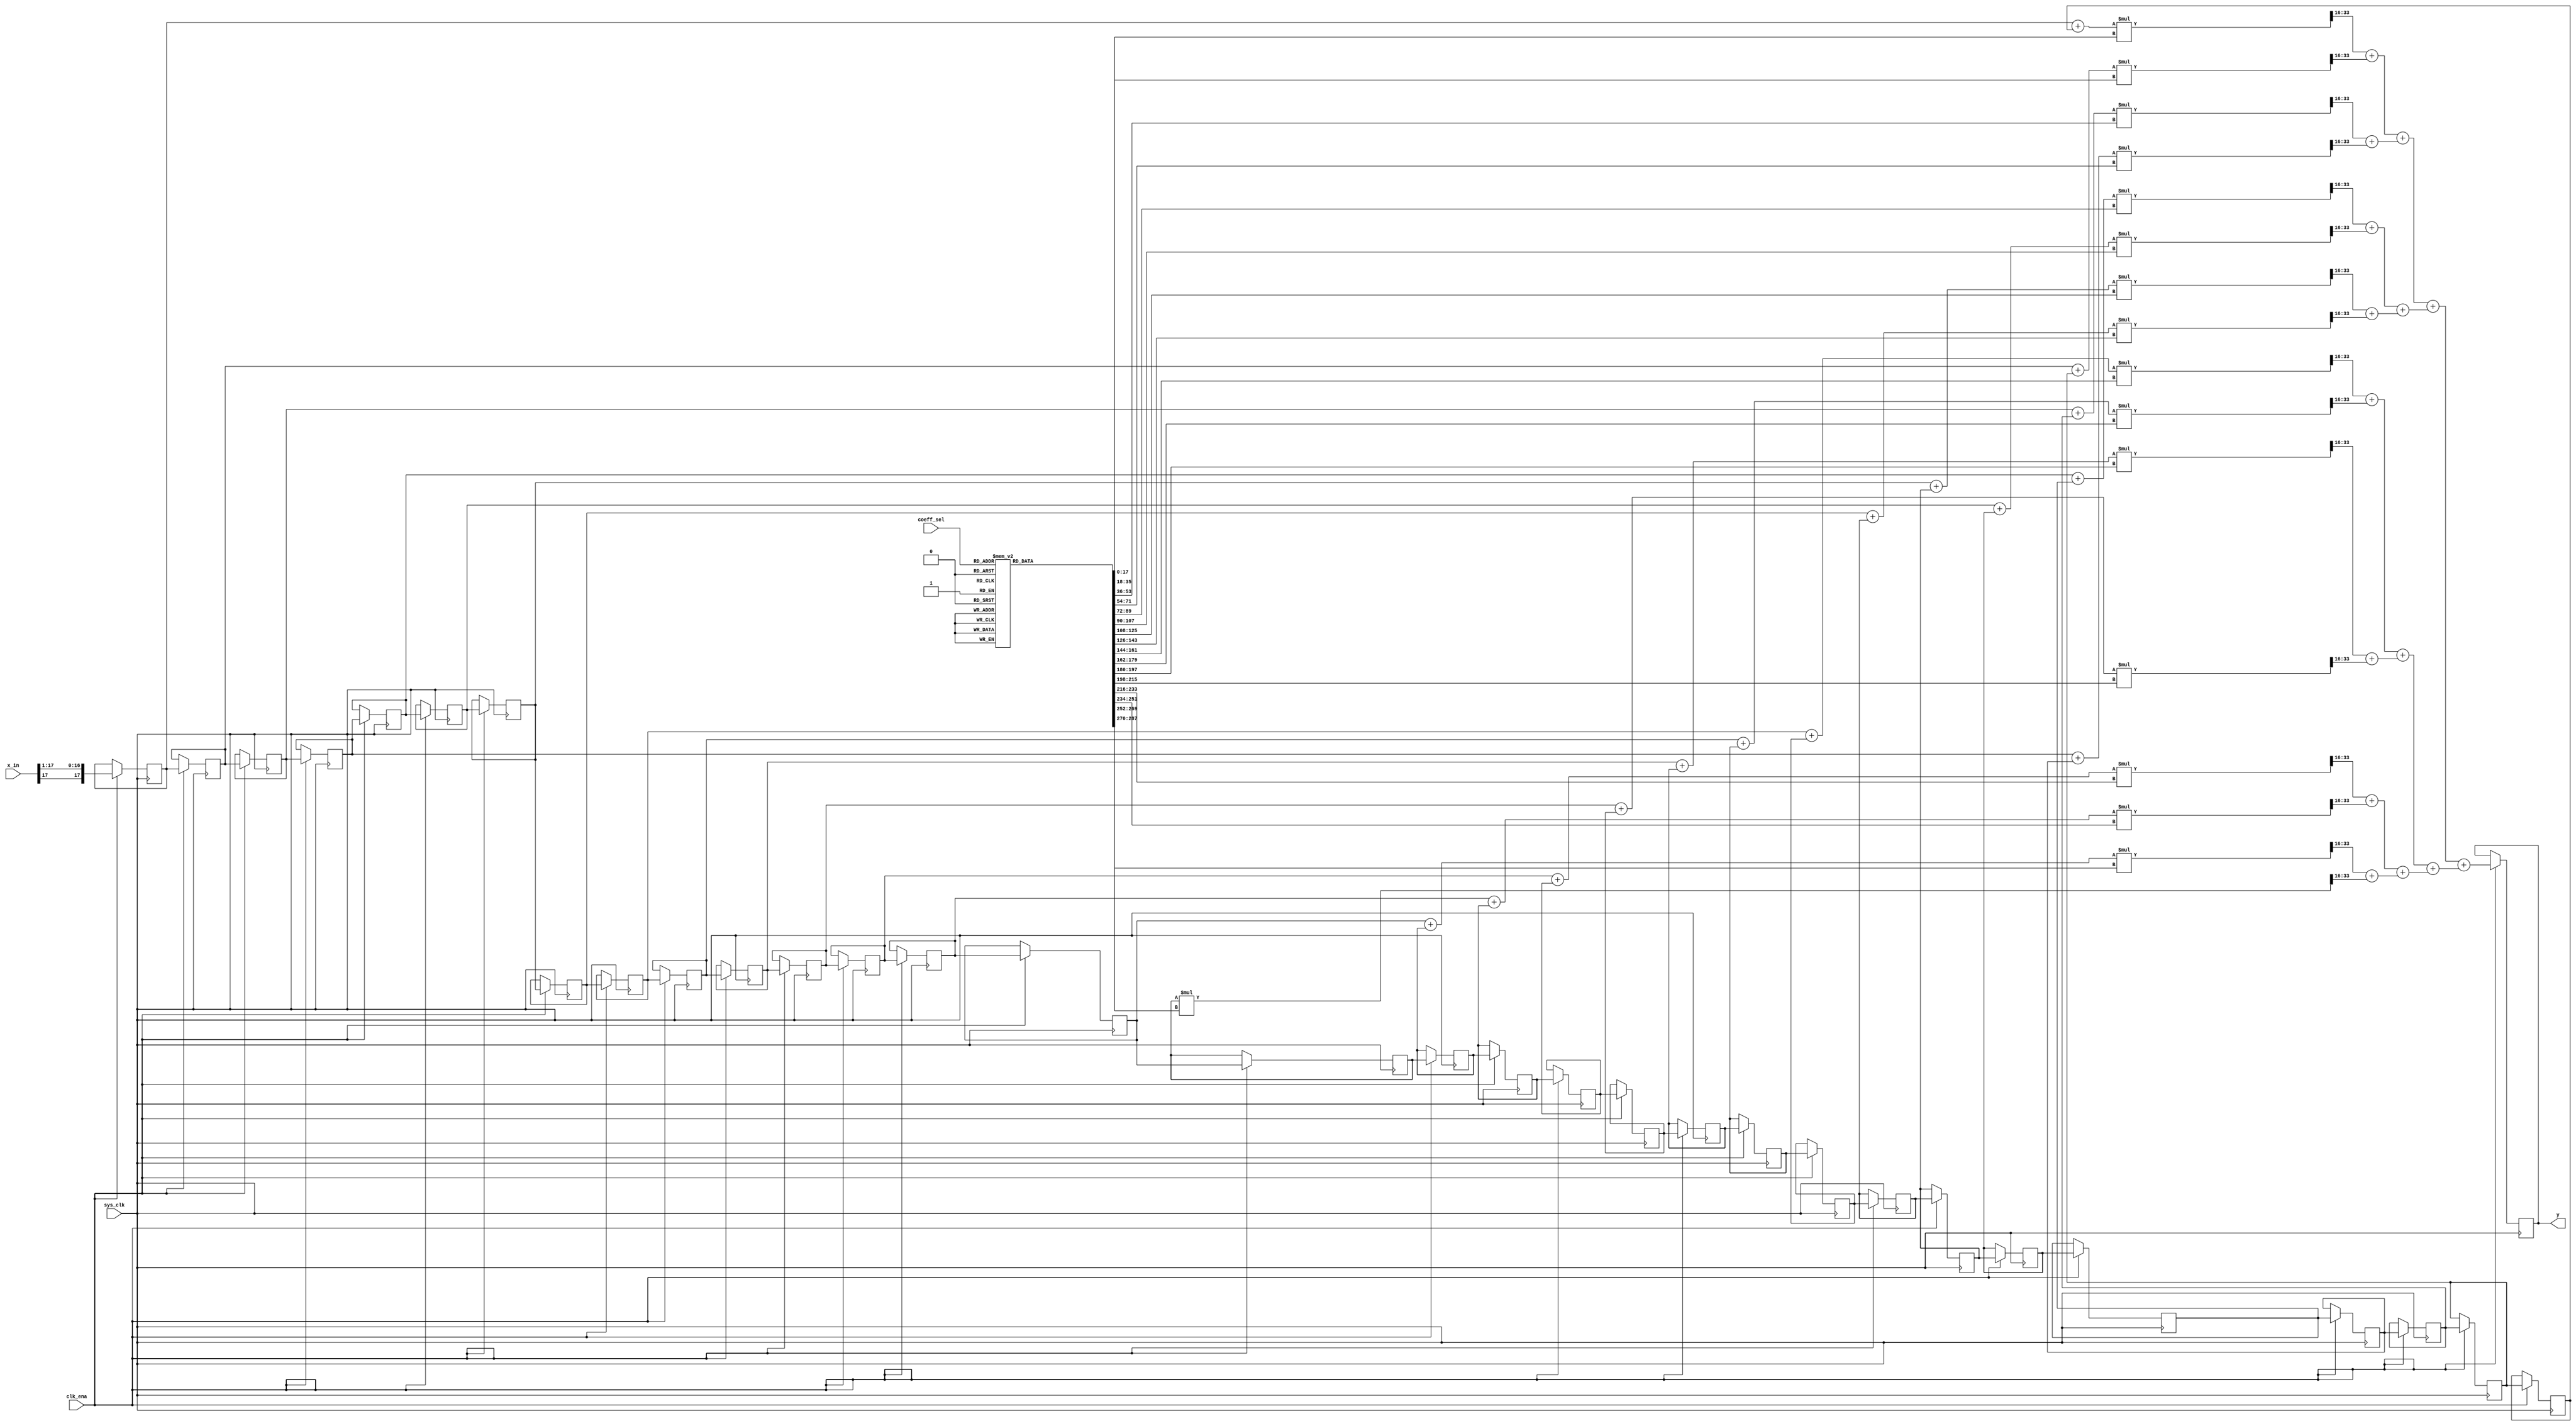
module pulseshaping_filter_no_pipelining ( input sys_clk,
          input clk_ena,
			 input [2:0]coeff_sel,
		   input signed [17:0] x_in, //1s17
		   output reg signed [17:0] y //1s17
			);
			

integer i;	
reg signed [17:0]	b[15:0];				 
reg signed [17:0]	x[30:0];	
reg signed [35:0] mult_out[15:0];
reg signed [17:0] sum_level_1[15:0];
reg signed [17:0] sum_level_2[7:0];
reg signed [17:0] sum_level_3[3:0];
reg signed [17:0] sum_level_4[1:0];
reg signed [17:0] sum_level_5;


always @ (posedge sys_clk)
	if (clk_ena == 1'b1)
		x[0] = {x_in[17], x_in[17:1]}; //2s17

always @ (posedge sys_clk)
	if (clk_ena == 1'b1)
		begin
			for(i=1; i<31;i=i+1)
				x[i] <= x[i-1];
		end


always @  *
	begin
		for(i=0;i<=14;i=i+1)
		sum_level_1[i] = x[i]+x[30-i]; //2s17 - need room to add both coefficients togther
	end

always@ *
		sum_level_1[15] = x[15]; //2s17


always @ *
for(i=0;i<=15; i=i+1)
	mult_out[i] = sum_level_1[i] * b[i]; //2s17 * 1s17 = 3s34


 always @ *
		begin
			for(i=0;i<=7;i=i+1)
				sum_level_2[i] = mult_out[2*i][33:16] + mult_out[2*i+1][33:16]; //1s17 + 1s17
		end



always @ *
		begin
			for(i=0;i<=3;i=i+1)
				sum_level_3[i] = sum_level_2[2*i] + sum_level_2[2*i+1];
		end


always @ *
		begin
			for(i=0;i<=1;i=i+1)
				sum_level_4[i] = sum_level_3[2*i] + sum_level_3[2*i+1];
		end
		

always @ *
		begin
			sum_level_5 = sum_level_4[0] + sum_level_4[1];
		end
		
always @ (posedge sys_clk)
	if (clk_ena == 1'b1)
		y = sum_level_5;

//==========================================================
// Filter coefficients go here
//		enter your coefficients into the case statement below
//==========================================================

always @ *

	case(coeff_sel)
		3'd0: begin  // length 9 - scaling 1
			b[0] = 18'sd0;
			b[1] = 18'sd0;
			b[2] = 18'sd0;
			b[3] = 18'sd0;
			b[4] = 18'sd0;
			b[5] = 18'sd0;
			b[6] = 18'sd0;
			b[7] = 18'sd0;
			b[8] = 18'sd0;
			b[9] = 18'sd0;
			b[10] = 18'sd0;
			b[11] = -18'sd6305;
			b[12] = 18'sd23347;
			b[13] = 18'sd61031;
			b[14] = 18'sd92574;
			b[15] = 18'sd104858;
		end
		3'd1: begin
			b[0] = 18'sd1234;
			b[1] = 18'sd2345;
			b[2] = 18'sd3456;
			b[3] = 18'sd4567;
			b[4] = 18'sd5678;
			b[5] = 18'sd6789;
			b[6] = 18'sd7890;
			b[7] = 18'sd11234;
			b[8] = 18'sd12345;
			b[9] = 18'sd13456;
			b[10] = 18'sd14567;
			b[11] = 18'sd15678;
			b[12] = 18'sd16789;
			b[13] = 18'sd17890;
			b[14] = 18'sd21234;
			b[15] = 18'sd22345;
		end
		3'd2: begin
			b[0] = 18'sd0;
			b[1] = 18'sd0;
			b[2] = 18'sd0;
			b[3] = 18'sd0;
			b[4] = 18'sd0;
			b[5] = 18'sd0;
			b[6] = 18'sd0;
			b[7] = 18'sd0;
			b[8] = 18'sd0;
			b[9] = 18'sd0;
			b[10] = 18'sd0;
			b[11] = 18'sd0;
			b[12] = 18'sd0;
			b[13] = 18'sd0;
			b[14] = 18'sd0;
			b[15] = 18'sd0;
		end
		3'd3: begin
			b[0] = 18'sd0;
			b[1] = 18'sd0;
			b[2] = 18'sd0;
			b[3] = 18'sd0;
			b[4] = 18'sd0;
			b[5] = 18'sd0;
			b[6] = 18'sd0;
			b[7] = 18'sd0;
			b[8] = 18'sd0;
			b[9] = 18'sd0;
			b[10] = 18'sd0;
			b[11] = 18'sd0;
			b[12] = 18'sd0;
			b[13] = 18'sd0;
			b[14] = 18'sd0;
			b[15] = 18'sd0;
		end
		3'd4: begin
			b[0] = 18'sd0;
			b[1] = 18'sd0;
			b[2] = 18'sd0;
			b[3] = 18'sd0;
			b[4] = 18'sd0;
			b[5] = 18'sd0;
			b[6] = 18'sd0;
			b[7] = 18'sd0;
			b[8] = 18'sd0;
			b[9] = 18'sd0;
			b[10] = 18'sd0;
			b[11] = 18'sd0;
			b[12] = 18'sd0;
			b[13] = 18'sd0;
			b[14] = 18'sd0;
			b[15] = 18'sd0;
		end
		3'd5: begin
			b[0] = 18'sd0;
			b[1] = 18'sd0;
			b[2] = 18'sd0;
			b[3] = 18'sd0;
			b[4] = 18'sd0;
			b[5] = 18'sd0;
			b[6] = 18'sd0;
			b[7] = 18'sd0;
			b[8] = 18'sd0;
			b[9] = 18'sd0;
			b[10] = 18'sd0;
			b[11] = 18'sd0;
			b[12] = 18'sd0;
			b[13] = 18'sd0;
			b[14] = 18'sd0;
			b[15] = 18'sd0;
		end
		3'd6: begin
			b[0] = 18'sd0;
			b[1] = 18'sd0;
			b[2] = 18'sd0;
			b[3] = 18'sd0;
			b[4] = 18'sd0;
			b[5] = 18'sd0;
			b[6] = 18'sd0;
			b[7] = 18'sd0;
			b[8] = 18'sd0;
			b[9] = 18'sd0;
			b[10] = 18'sd0;
			b[11] = 18'sd0;
			b[12] = 18'sd0;
			b[13] = 18'sd0;
			b[14] = 18'sd0;
			b[15] = 18'sd0;
		end
		3'd7: begin
			b[0] = 18'sd0;
			b[1] = 18'sd0;
			b[2] = 18'sd0;
			b[3] = 18'sd0;
			b[4] = 18'sd0;
			b[5] = 18'sd0;
			b[6] = 18'sd0;
			b[7] = 18'sd0;
			b[8] = 18'sd0;
			b[9] = 18'sd0;
			b[10] = 18'sd0;
			b[11] = 18'sd0;
			b[12] = 18'sd0;
			b[13] = 18'sd0;
			b[14] = 18'sd0;
			b[15] = 18'sd0;
		end
	endcase
	
endmodule